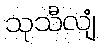
သုသီလျံ